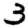
Digit: 3